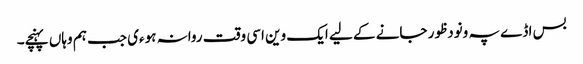
بس اڈے پہ ونودظور جانے کے لیے ایک وین اسی وقت روانہ ہوءی جب ہم وہاں پہنچے۔